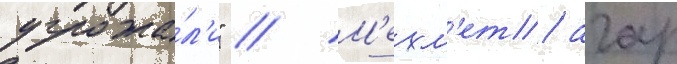
угрожа́л'и" // М'ехм'ет агар